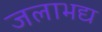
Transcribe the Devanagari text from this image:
जलाभद्य